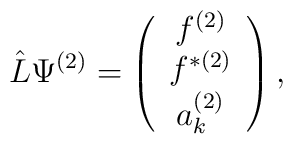
\hat{L}\Psi^{(2)} =   \left( \begin{array}{c}f^{(2)}  \\f^{\ast (2)}  \\ a^{(2)}_{k}\end{array}\right),